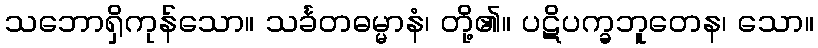
သဘောရှိကုန်သော။ သင်္ခတဓမ္မာနံ၊ တို့၏။ ပဋိပက္ခဘူတေန၊ သော။